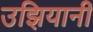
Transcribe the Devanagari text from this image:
उझियानी